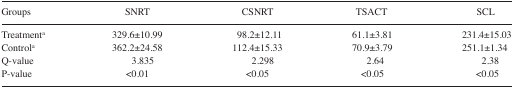
<table><thead><tr><td><b>Groups</b></td><td><b>SNRT</b></td><td><b>CSNRT</b></td><td><b>TSACT</b></td><td><b>SCL</b></td></tr></thead><tbody><tr><td>Treatment<sup>a</sup></td><td>329.6±10.99</td><td>98.2±12.11</td><td>61.1±3.81</td><td>231.4±15.03</td></tr><tr><td>Control<sup>a</sup></td><td>362.2±24.58</td><td>112.4±15.33</td><td>70.9±3.79</td><td>251.1±1.34</td></tr><tr><td>Q-value</td><td>3.835</td><td>2.298</td><td>2.64</td><td>2.38</td></tr><tr><td>P-value</td><td>&lt;0.01</td><td>&lt;0.05</td><td>&lt;0.05</td><td>&lt;0.05</td></tr></tbody></table>